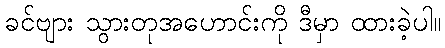
ခင်ဗျား သွားတုအဟောင်းကို ဒီမှာ ထားခဲ့ပါ။